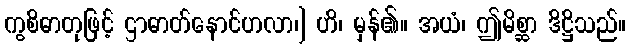
ကွစိဓာတုဖြင့် ဌာဓာတ်နောင်ဟလာ၊] ဟိ၊ မှန်၏။ အယံ၊ ဤမိစ္ဆာ ဒိဋ္ဌိသည်။